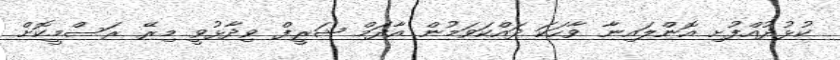
ކުޅުދުއްފުށި އޮންލައިނާ ވާހަކަ ދައްކަވަމުން އާދަމް ޝަރީފް ވިދާޅުވީ މިރޭ ރަސްމީކޮށް